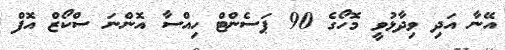
އޭނާ އަދި ވިދާޅުވީ މޮހޯގެ 90 ޕަސެންޓް ހިއްސާ އޮންނަ ސްކޯޒް އޮފް